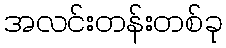
အလင်းတန်းတစ်ခု